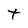
Character: t